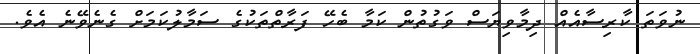
ނުވަތަ ކާރިސާއެއް ދިމާވިޔަސް ވަގުތުން ކަމާ ބެހޭ ފަރާތްތަކުގެ ސަމާލުކަމަށް ގެނެވޭނެ އެވެ.